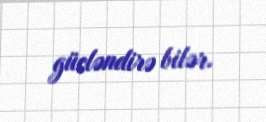
gücləndirə bilər.